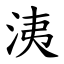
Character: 洟